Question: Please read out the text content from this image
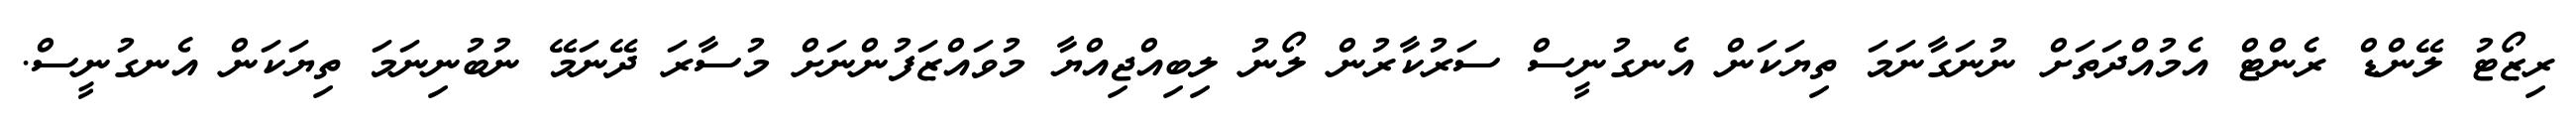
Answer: ރިޒޯޓު ލޭންޑް ރެންޓް އެމުއްދަތަށް ނުނަގާނަމަ ތިޔަކަން އެނގުނީސް ސަރުކާރުން ލޯނު ލިބިއްޖިއްޔާ މުވައްޒަފުންނަށް މުސާރަ ދޭނަމޭ ނުބުނިނަމަ ތިޔަކަން އެނގުނީސް.